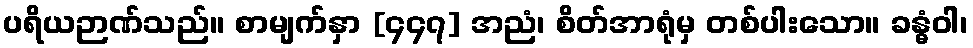
ပရိယဉာဏ်သည်။ စာမျက်နှာ [၄၄၇] အညံ၊ စိတ်အာရုံမှ တစ်ပါးသော။ ခန္ဓံဝါ၊